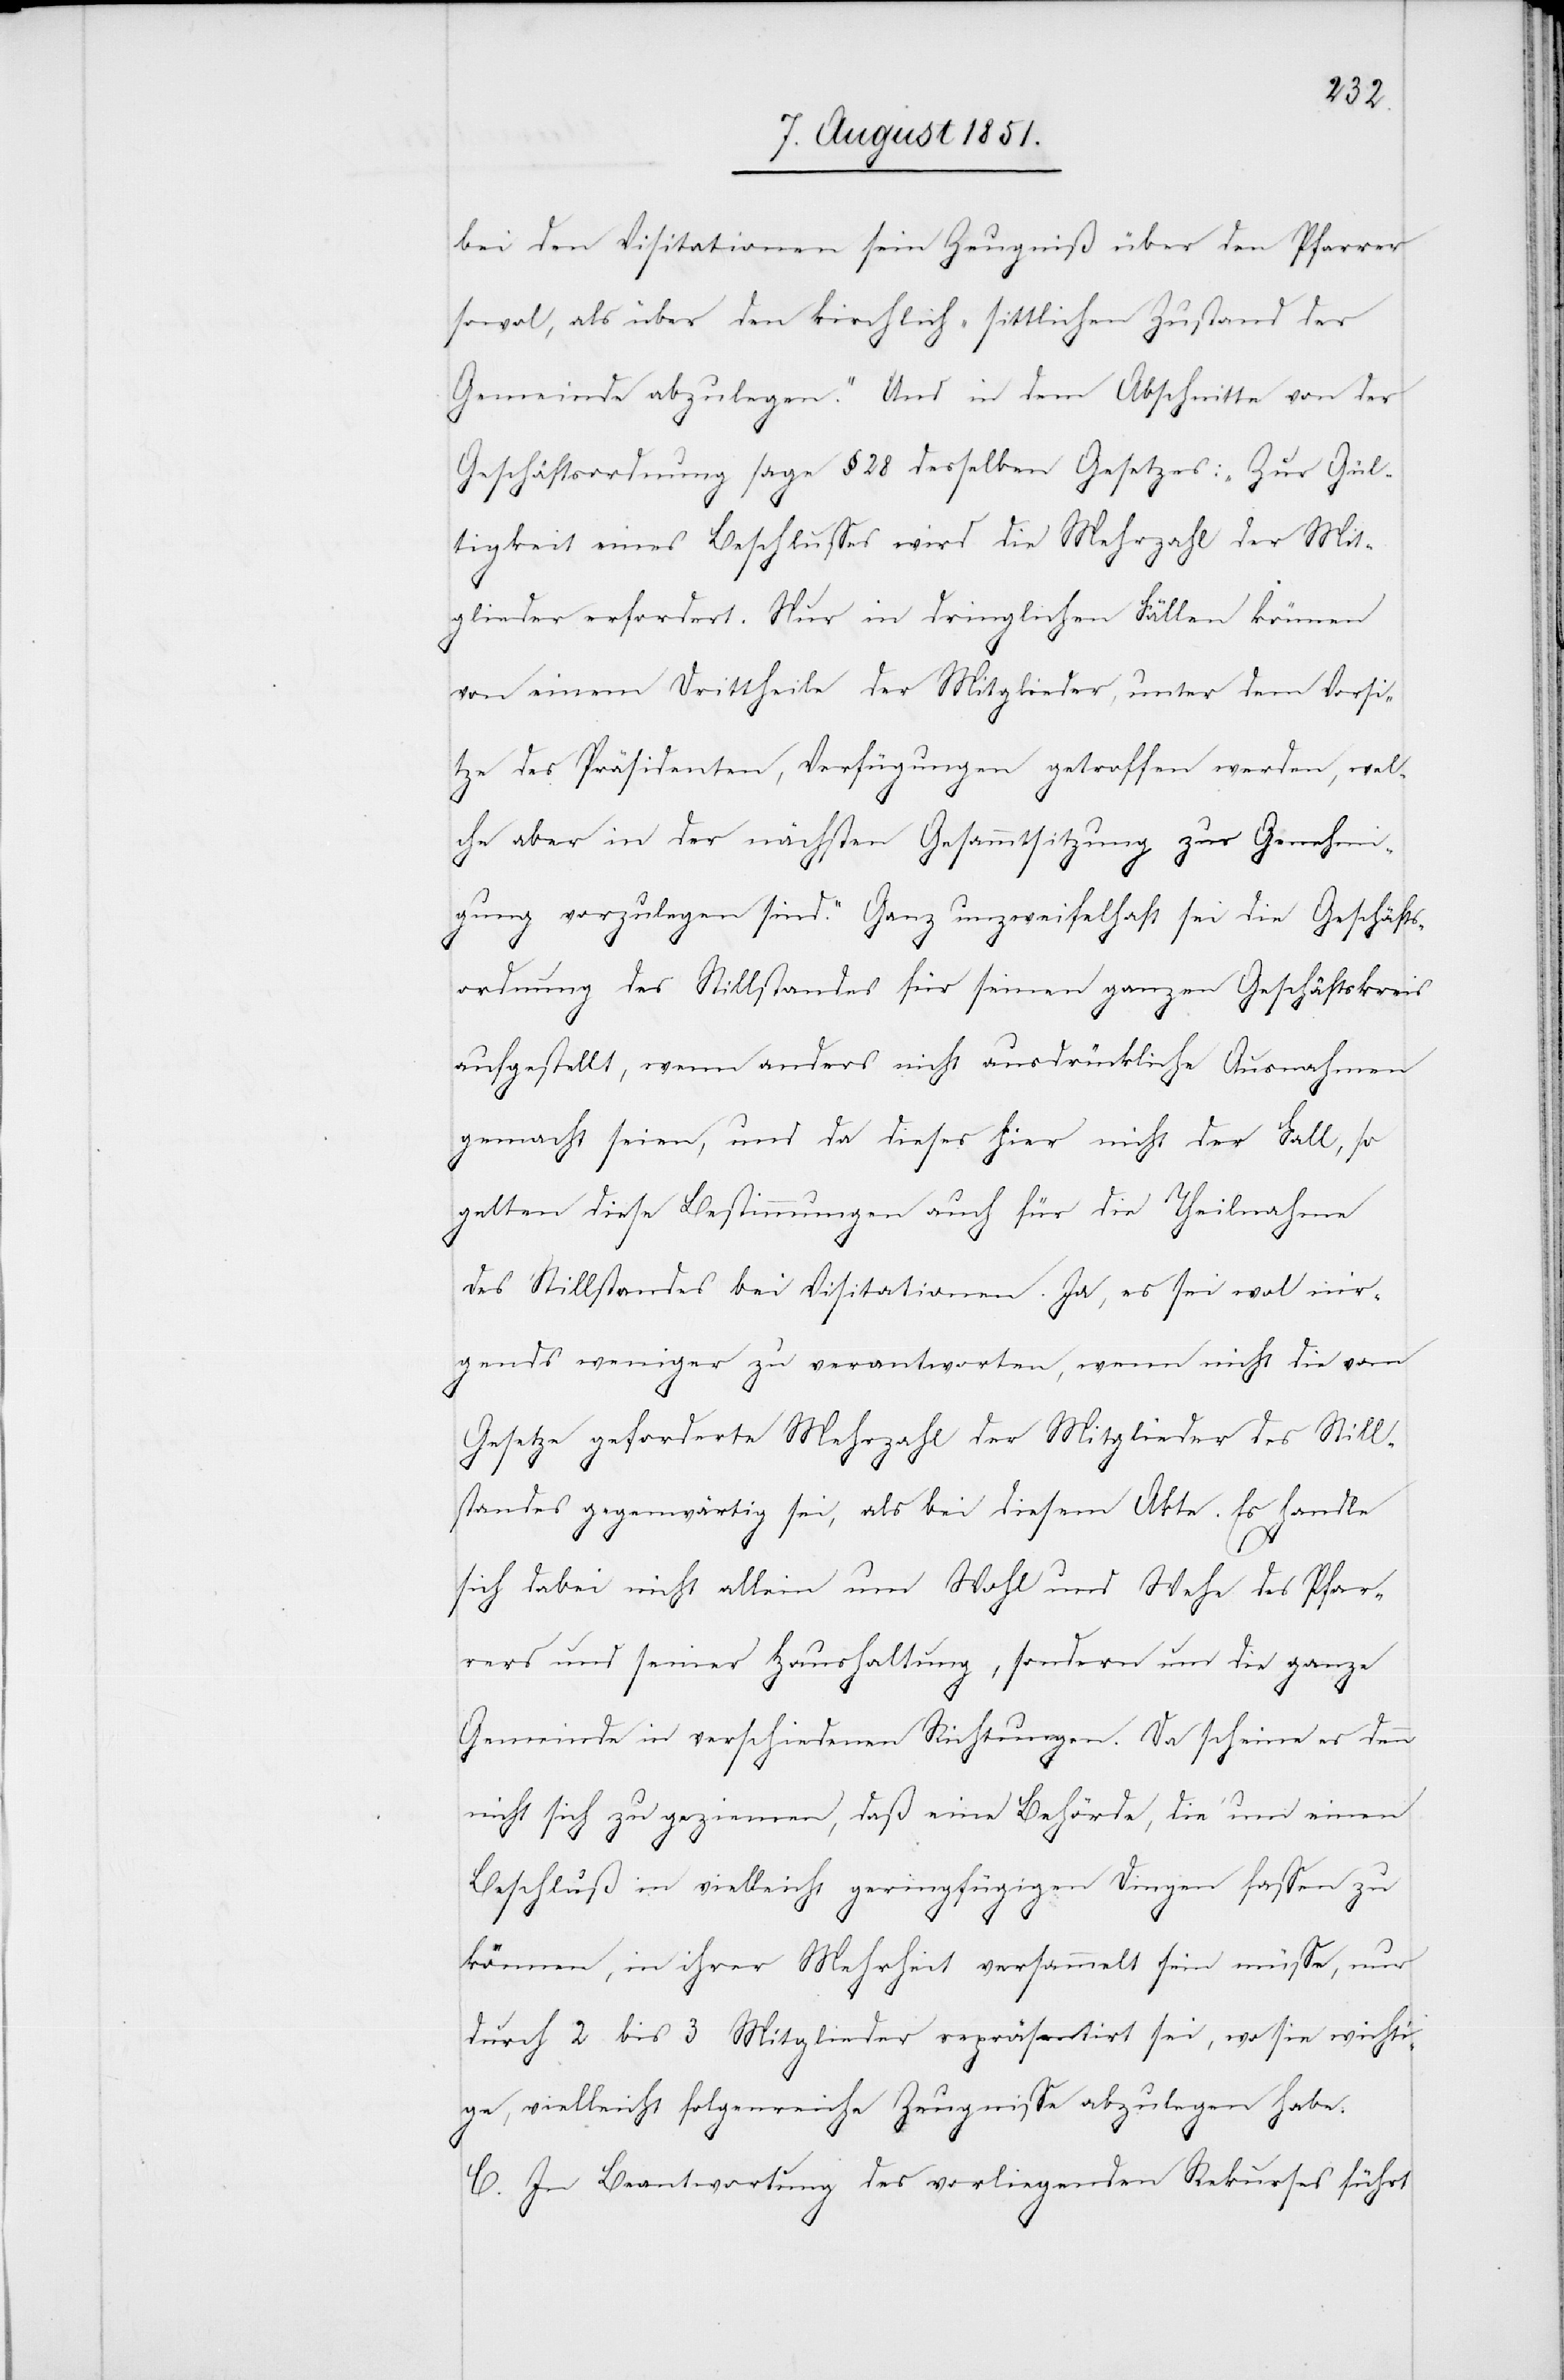
bei den Visitationen sein Zeugniß über den Pfarrer
sowo[h]l, als über den kirchlich-sittlichen Zustand der
Gemeinde abzulegen.“ Und in dem Abschnitte von der
Geschäftsordnung sage § 28 desselben Gesetzes: „Zur Gül¬
tigkeit eines Beschlusses wird die Mehrzahl der Mit¬
glieder erfordert. Nur in dringlichen Fällen könne
von einem Drittheile der Mitglieder, unter dem Vorsi¬
tze des Präsidenten, Verfügungen getroffen werden, wel¬
che aber in der nächsten Gesammtsitzung zur Genehmi¬
gung vorzulegen sind.“ Ganz unzweifelhaft sei die Geschäfts¬
ordnung des Stillstandes für seinen ganzen Geschäftskreis
aufgestellt, wenn anders nicht ausdrückliche Ausnahmen
gemacht seien, und da dieses hier nicht der Fall, so
gelten diese Bestimmungen auch für die Theilnahme
des Stillstandes bei Visitationen. Ja, es sei wo[h]l nir¬
gends weniger zu verantworten, wenn nicht die vom
Gesetze geforderte Mehrzahl der Mitglieder des Still¬
standes gegenwärtig sei, als bei diesem Akte. Es handle
sich dabei nicht allein um Wohl und Wehe des Pfar¬
rers und seiner Haushaltung, sondern um die ganze
Gemeinde in verschiedenen Richtungen. Da scheine es denn
nicht sich zu geziemen, daß eine Behörde, die um einen
Beschluß in vielleicht geringfügigen Dingen fassen zu
können, in ihrer Mehrheit versammelt sein müsse, nur
durch 2 bis 3 Mitglieder repräsentirt sei, wo sie wichti¬
ge, vielleicht folgenreiche Zeugnisse abzulegen habe.
C. In Beantwortung des vorliegenden Rekurses führt